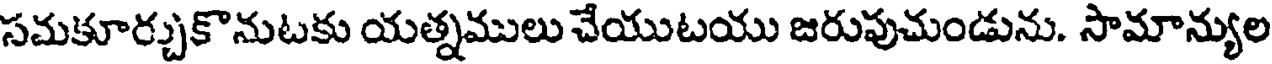
సమకూర్చుకొనుటకు యత్నములు చేయుటయు జరుపుచుండును. సామాన్యుల